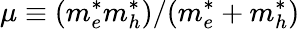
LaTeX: \mu\equiv(m_{e}^{*}m_{h}^{*})/(m_{e}^{*}+m_{h}^{*})